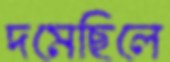
দমেছিলে